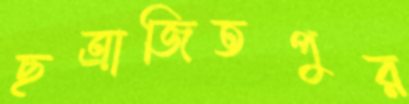
ছত্রাজিতপুর